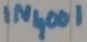
Text: IN4001